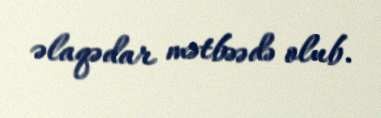
əlaqədar mətbəədə olub.